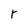
Character: r